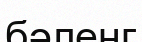
бәленг